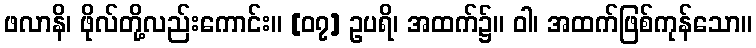
ဖလာနိ၊ ဖိုလ်တို့လည်းကောင်း။ [၀၇] ဥပရိ၊ အထက်၌။ ဝါ၊ အထက်ဖြစ်ကုန်သော။